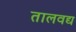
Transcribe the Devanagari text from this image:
तालवद्य